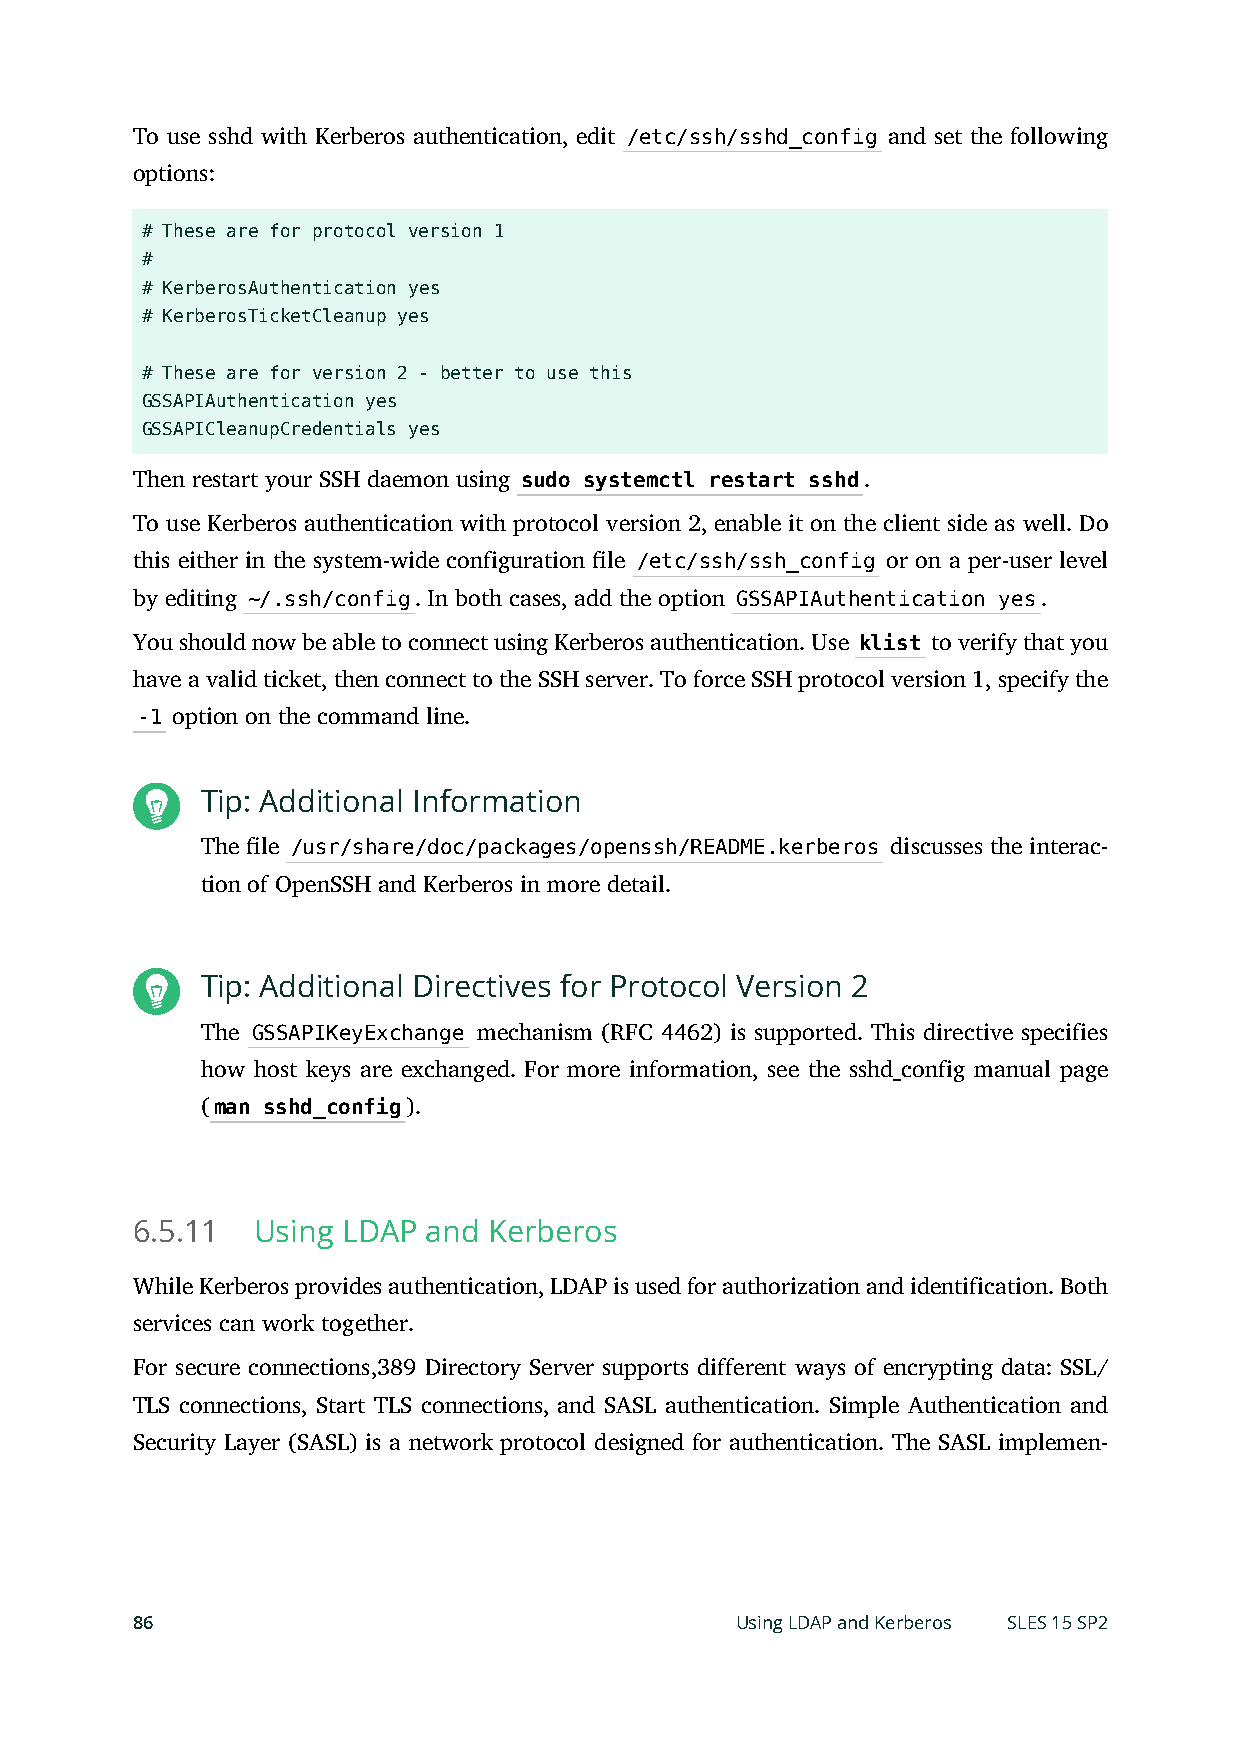
To use sshd with Kerberos authentication, edit /etc/ssh/sshd_config and set the following
 options:
 # These are for protocol version 1
 #
 # KerberosAuthentication yes
 # KerberosTicketCleanup yes
 # These are for version 2 - better to use this
 GSSAPIAuthentication yes
 GSSAPICleanupCredentials yes
 Then restart your SSH daemon using sudo systemctl restart sshd.
 To use Kerberos authentication with protocol version 2, enable it on the client side as well. Do
 this either in the system-wide configuration le /etc/ssh/ssh_config or on a per-user level
 by editing ~/.ssh/config. In both cases, add the option GSSAPIAuthentication yes.
 You should now be able to connect using Kerberos authentication. Use klist to verify that you
 have a valid ticket, then connect to the SSH server. To force SSH protocol version 1, specify the
 -1 option on the command line.
 Tip: Additional Information
 The le /usr/share/doc/packages/openssh/README.kerberos discusses the interac-
 tion of OpenSSH and Kerberos in more detail.
 Tip: Additional Directives for Protocol Version 2
 The GSSAPIKeyExchange mechanism (RFC 4462) is supported. This directive specifies
 how host keys are exchanged. For more information, see the sshd_config manual page
 (man sshd_config).
 6.5.11  Using LDAP and Kerberos
 While Kerberos provides authentication, LDAP is used for authorization and identification. Both
 services can work together.
 For secure connections,389 Directory Server supports different ways of encrypting data: SSL/
 TLS connections, Start TLS connections, and SASL authentication. Simple Authentication and
 Security Layer (SASL) is a network protocol designed for authentication. The SASL implemen-
 86                                      Using LDAP and Kerberos SLES 15 SP2